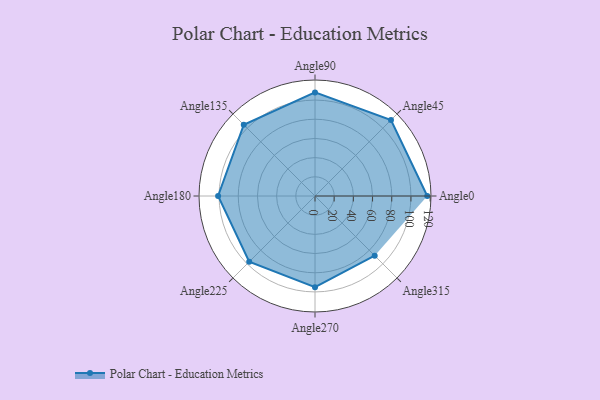
{"axis": {"x": "Angle", "y": "Radius"}, "legend": [""], "data": [{"x": "Angle0", "y": 117.0, "type": ""}, {"x": "Angle45", "y": 112.0, "type": ""}, {"x": "Angle90", "y": 108.0, "type": ""}, {"x": "Angle135", "y": 105.0, "type": ""}, {"x": "Angle180", "y": 101.0, "type": ""}, {"x": "Angle225", "y": 97.0, "type": ""}, {"x": "Angle270", "y": 95.0, "type": ""}, {"x": "Angle315", "y": 88.0, "type": ""}]}